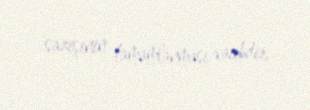
sazişinin tamamlanması vacibdir.